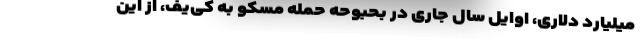
میلیارد دلاری، اوایل سال جاری در بحبوحه حمله مسکو به کی‌یف، از این